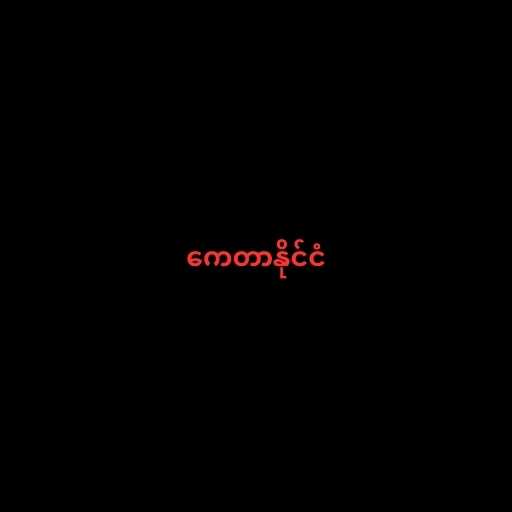
ကေတာနိုင်ငံ